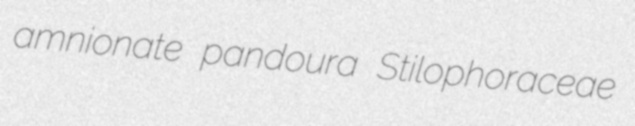
amnionate pandoura Stilophoraceae